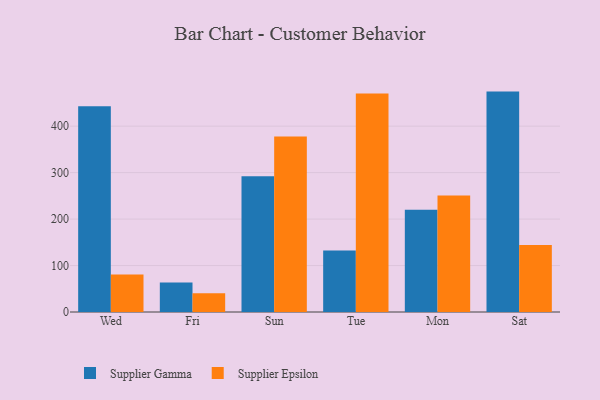
{"axis": {"x": "Day", "y": "Operating Costs (USD K)"}, "legend": ["Supplier Epsilon", "Supplier Gamma"], "data": [{"x": "Wed", "y": 442.6, "type": "Supplier Gamma"}, {"x": "Wed", "y": 80.6, "type": "Supplier Epsilon"}, {"x": "Fri", "y": 63.7, "type": "Supplier Gamma"}, {"x": "Fri", "y": 40.3, "type": "Supplier Epsilon"}, {"x": "Sun", "y": 292.0, "type": "Supplier Gamma"}, {"x": "Sun", "y": 377.6, "type": "Supplier Epsilon"}, {"x": "Tue", "y": 132.3, "type": "Supplier Gamma"}, {"x": "Tue", "y": 470.1, "type": "Supplier Epsilon"}, {"x": "Mon", "y": 220.3, "type": "Supplier Gamma"}, {"x": "Mon", "y": 250.9, "type": "Supplier Epsilon"}, {"x": "Sat", "y": 474.4, "type": "Supplier Gamma"}, {"x": "Sat", "y": 144.2, "type": "Supplier Epsilon"}]}